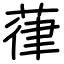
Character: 葎